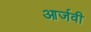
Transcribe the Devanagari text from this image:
आर्जवी